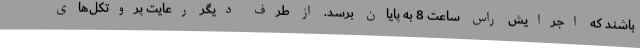
باشند که اجرایش راس ساعت 8 به پایان برسد. از طرف دیگر رعایت پروتکل‌های